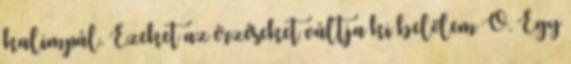
kalimpál. Ezeket az érzéseket váltja ki belőlem Ő. Egy